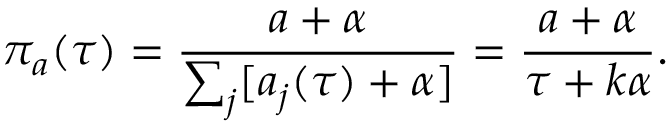
\pi _ { a } ( \tau ) = \frac { a + \alpha } { \sum _ { j } [ a _ { j } ( \tau ) + \alpha ] } = \frac { a + \alpha } { \tau + k \alpha } .